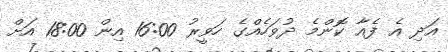
އަދި އެ ފެއާ ކޮންމެ ދުވަހެއްގެ ހަވީރު 16:00 އިން 18:00 އަށް